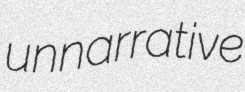
unnarrative